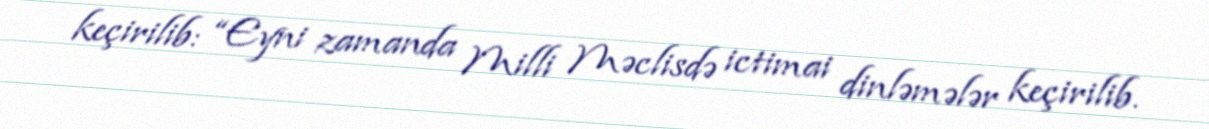
keçirilib: “Eyni zamanda Milli Məclisdə ictimai dinləmələr keçirilib.